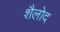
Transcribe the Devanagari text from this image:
शैलोद